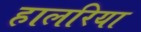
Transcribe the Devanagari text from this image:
हालरिया